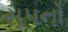
સૂપનો